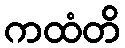
ကထံတိ